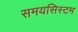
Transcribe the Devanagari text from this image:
समयसिस्टम